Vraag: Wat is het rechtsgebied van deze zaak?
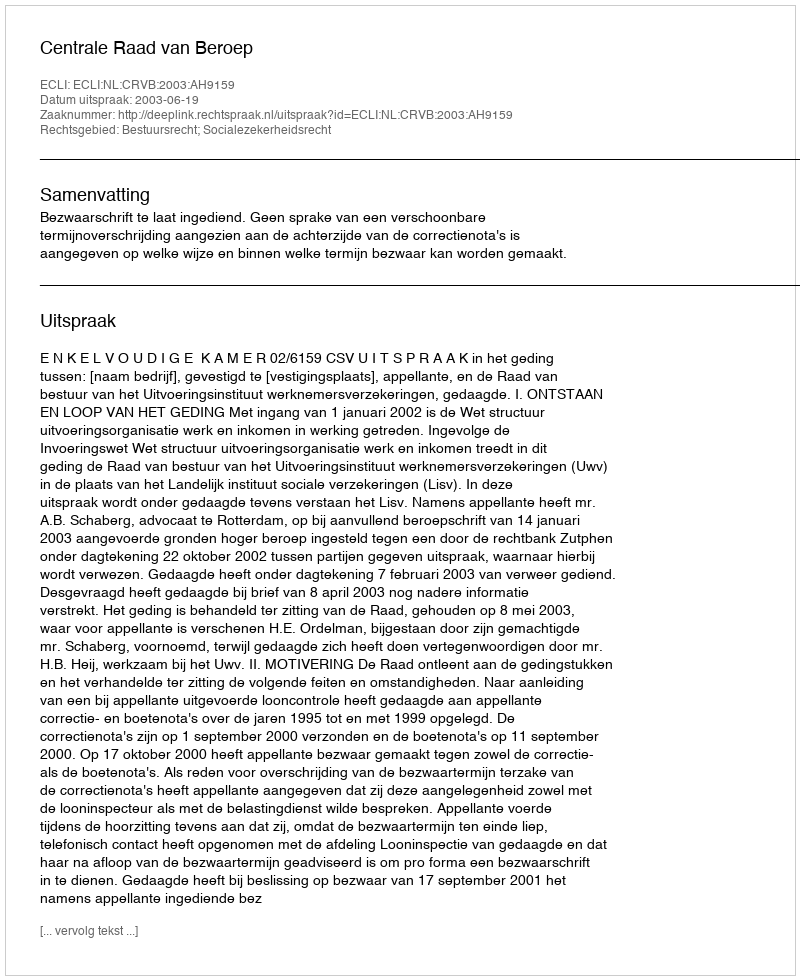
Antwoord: Bestuursrecht; Socialezekerheidsrecht